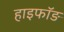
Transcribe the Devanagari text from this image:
हाइफॉङ